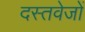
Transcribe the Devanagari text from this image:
दस्तवेजों